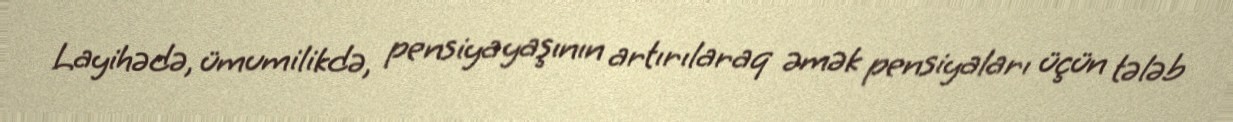
Layihədə, ümumilikdə, pensiya yaşının artırılaraq əmək pensiyaları üçün tələb